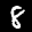
Label: 8